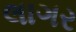
લાગર